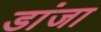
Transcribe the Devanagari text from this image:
डांजा